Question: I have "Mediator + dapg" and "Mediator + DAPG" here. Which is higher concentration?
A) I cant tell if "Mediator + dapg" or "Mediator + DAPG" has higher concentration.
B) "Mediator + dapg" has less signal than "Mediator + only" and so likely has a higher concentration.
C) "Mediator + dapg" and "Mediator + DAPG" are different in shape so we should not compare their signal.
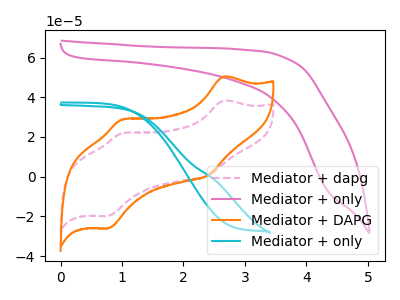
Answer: <think>The pink dashed curve "Mediator + dapg" has anodic peaks at (2.65V, 38.20uA) (1.00V, 21.85uA) and cathodic peaks at (2.40V, 0.60uA) (0.80V, -19.70uA). The pink curve "Mediator + only" has no peaks. The orange curve "Mediator + DAPG" has anodic peaks at (2.65V, 50.30uA) (1.00V, 28.80uA) and cathodic peaks at (2.40V, 0.80uA) (0.80V, -25.95uA). The cyan curve "Mediator + only" has no peaks.
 All the peaks in "Mediator + dapg" have a peak in "Mediator + DAPG" at the same potential.</think>
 <answer>A) I cant tell if "Mediator + dapg" or "Mediator + DAPG" has higher concentration.</answer>
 <eval>A</eval>